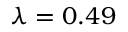
\lambda = 0 . 4 9